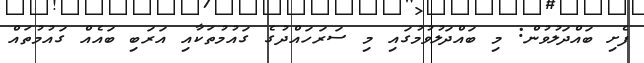
ފެށި ބައްދަލުވުން: މި ބައްދަލުވުމުގައި މި ސަރަހައްދުގެ ގައުމުތަކާއި އަރަބި ބައެއް ގައުމުތައް